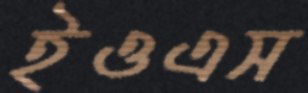
ইওএস